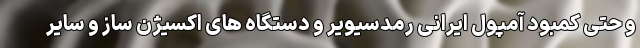
و حتی کمبود آمپول ایرانی رمدسیویر و دستگاه های اکسیژن ساز و سایر